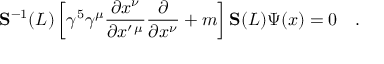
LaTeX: { \bf S } ^ { - 1 } ( L ) \left[ \gamma ^ { 5 } \gamma ^ { \mu } \frac { \partial x ^ { \nu } } { \partial x ^ { \prime \, \mu } } \frac { \partial } { \partial x ^ { \nu } } + m \right] { \bf S } ( L ) \Psi ( x ) = 0 \quad .